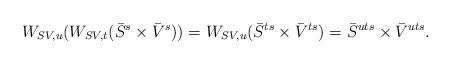
\begin{align*} W_{SV,u}(W_{SV,t}(\bar{S}^{s} \times\bar{V}^{s}))=W_{SV,u}(\bar{S}^{ts}\times\bar{V}^{ts})=\bar{S}^{uts}\times\bar{V}^{uts}.\end{align*}